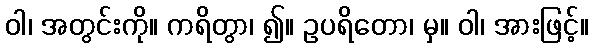
ဝါ၊ အတွင်းကို။ ကရိတွာ၊ ၍။ ဥပရိတော၊ မှ။ ဝါ၊ အားဖြင့်။